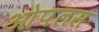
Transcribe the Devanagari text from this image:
ओपलस